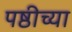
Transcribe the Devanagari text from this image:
पष्ठीच्या